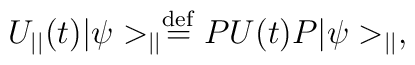
U_{||}(t)|\psi>_{||}\stackrel{\rm def}{=}PU(t)P|\psi>_{||},